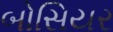
બોસિયર